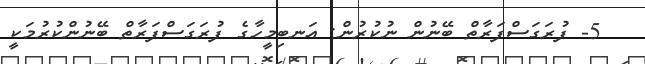
5- ފުރަގަސްފަރާތް ބޭނުން ނުކުރުން: އަނބިމީހާގެ ފުރަގަސްފަރާތް ބޭނުންކުރުމަކީ